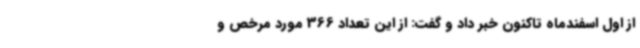
از اول اسفندماه تاکنون خبر داد و گفت: از این تعداد 366 مورد مرخص و